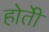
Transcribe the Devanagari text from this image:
होतेी